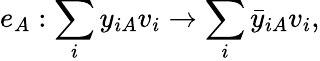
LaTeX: e_{A}:\sum_{i}y_{iA}v_{i}\to\sum_{i}\bar{y}_{iA}v_{i},